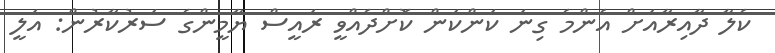
ކެލާ ދާއިރާއަށް އެންމެ ގިނަ ކަންކަން ކޮށްދެއްވީ ރައީސް ޔާމީންގެ ސަރުކާރުން: އަލީ